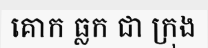
គោក ធ្លក ជា ក្រុង